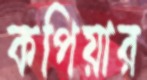
কপিয়ার